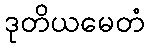
ဒုတိယမေတံ